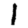
Digit: 1